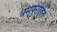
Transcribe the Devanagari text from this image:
धर्मपुरोहित